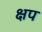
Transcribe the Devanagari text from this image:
क्षप